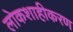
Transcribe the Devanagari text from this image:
लोकशाहीकरण